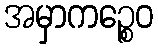
အမှာကဉ္စေဝ